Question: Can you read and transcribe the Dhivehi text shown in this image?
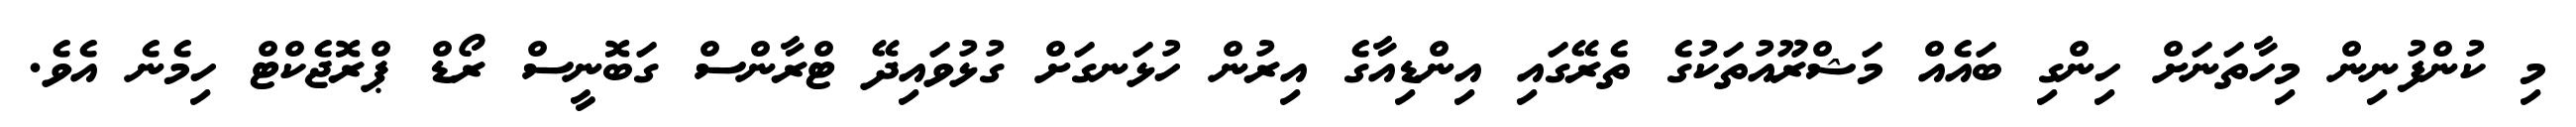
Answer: މި ކުންފުނިން މިހާތަނަށް ހިންގި ބައެއް މަޝްރޫއުތަކުގެ ތެރޭގައި އިންޑިއާގެ އިރުން ހުޅަނގަށް ގުޅުވައިދޭ ޓްރާންސް ގަބޮނީސް ރޯޑް ޕްރޮޖެކްޓް ހިމެނެ އެވެ.